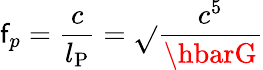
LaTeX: \mathsf{f}_{p}={\frac{{c}}{{l_{\mathrm{{P}}}}}}={\sqrt{}{{\frac{{c^{5}}}{{\hbarG}}}}}